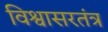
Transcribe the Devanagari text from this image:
विश्वासरतंत्र